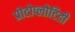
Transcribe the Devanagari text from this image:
प्रोटोप्लोटिडी